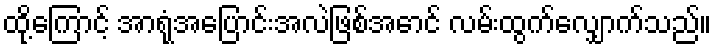
ထို့ကြောင့် အာရုံအပြောင်းအလဲဖြစ်အောင် လမ်းထွက်လျှောက်သည်။